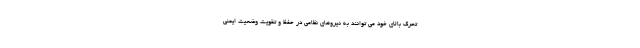
تحرک بالای خود می توانند به نیروهای نظامی در حفظ و تقویت وضعیت ایمنی